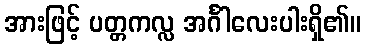
အားဖြင့် ပတ္တကလ္လ အင်္ဂါလေးပါးရှိ၏။